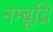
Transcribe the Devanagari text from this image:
नम्बूद्रि